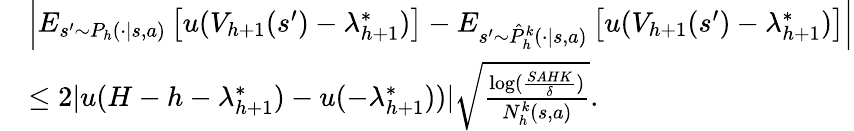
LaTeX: \begin{array}{rl}&{\left\vert E_{s^{\prime}\sim P_{h}(\cdot\vert s,a)}\left[u(V_{h+1}(s^{\prime})-\lambda_{h+1}^{*})\right]-E_{s^{\prime}\sim\hat{P}_{h}^{k}(\cdot\vert s,a)}\left[u(V_{h+1}(s^{\prime})-\lambda_{h+1}^{*})\right]\right\vert}\\ &{\leq 2\vert u(H-h-\lambda_{h+1}^{*})-u(-\lambda_{h+1}^{*}))\vert\sqrt{\frac{\log(\frac{SAHK}{\delta})}{N_{h}^{k}(s,a)}}.}\end{array}